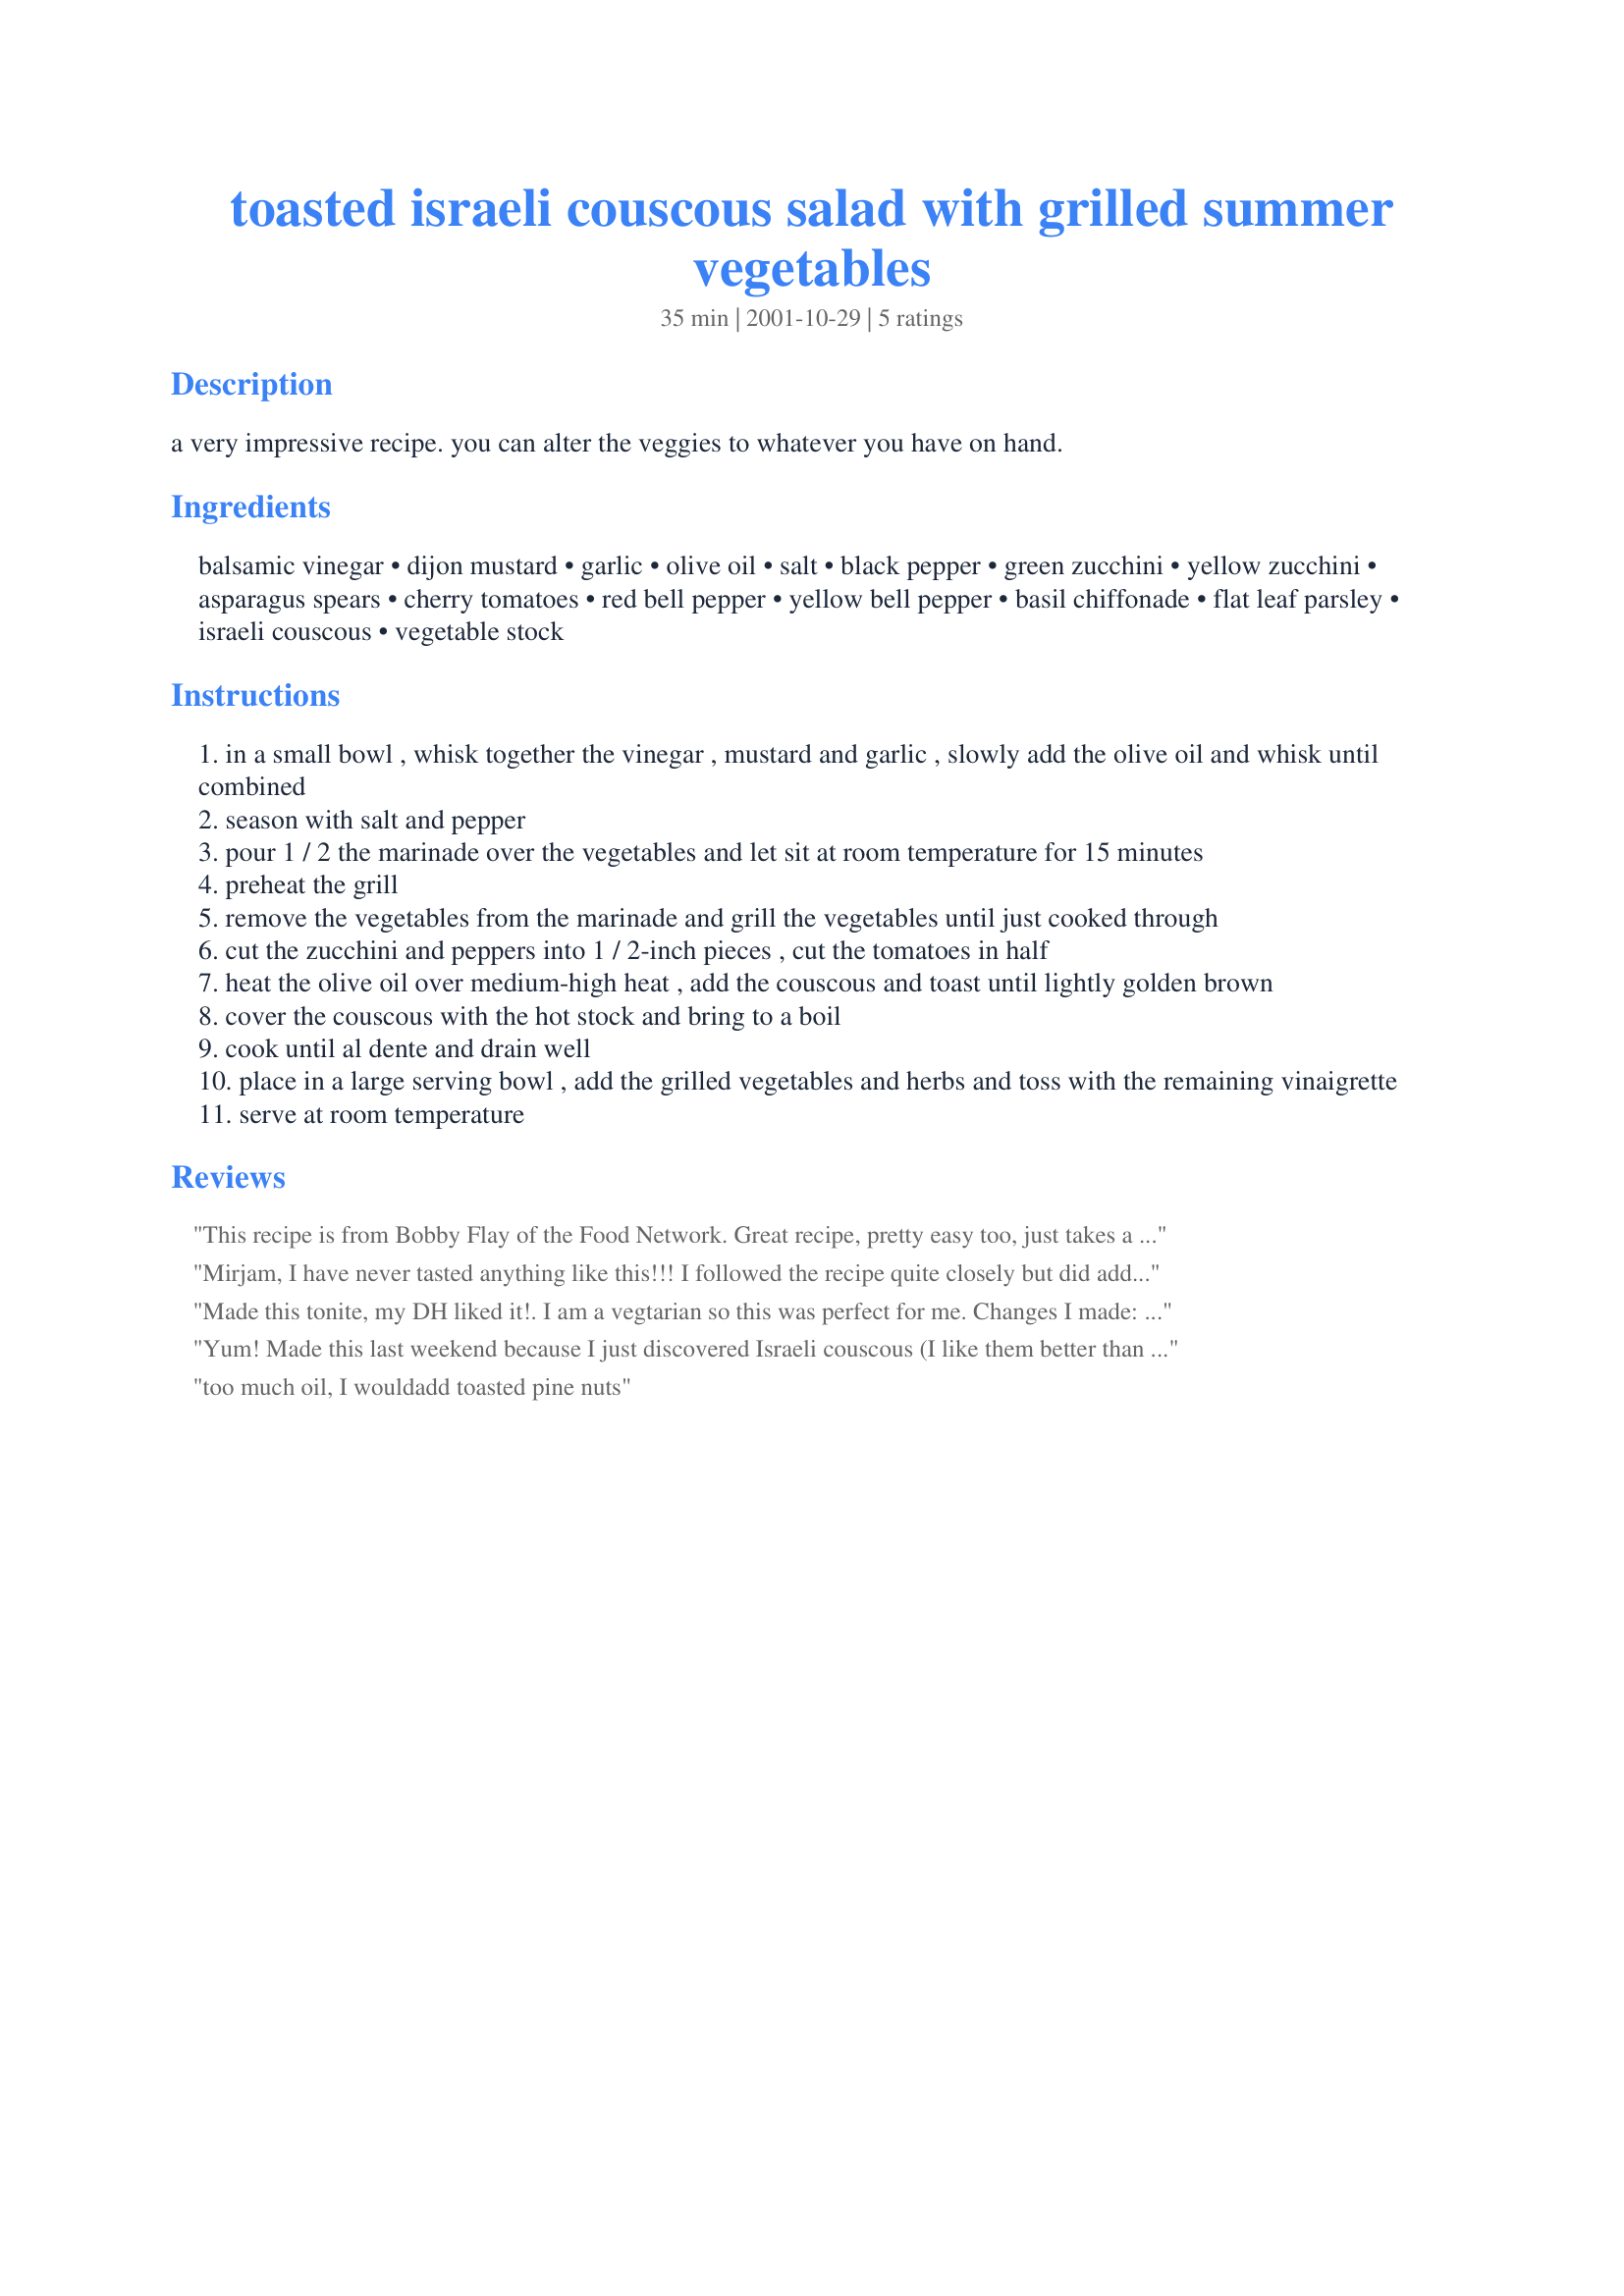
toasted israeli couscous salad with grilled summer vegetables
Preparation time: 35 minutes

a very impressive recipe. you can alter the veggies to whatever you have on hand.

Ingredients:
balsamic vinegar, dijon mustard, garlic, olive oil, salt, black pepper, green zucchini, yellow zucchini, asparagus spears, cherry tomatoes, red bell pepper, yellow bell pepper, basil chiffonade, flat leaf parsley, israeli couscous, vegetable stock

Steps:
in a small bowl , whisk together the vinegar , mustard and garlic , slowly add the olive oil and whisk until combined
season with salt and pepper
pour 1 / 2 the marinade over the vegetables and let sit at room temperature for 15 minutes
preheat the grill
remove the vegetables from the marinade and grill the vegetables until just cooked through
cut the zucchini and peppers into 1 / 2-inch pieces , cut the tomatoes in half
heat the olive oil over medium-high heat , add the couscous and toast until lightly golden brown
cover the couscous with the hot stock and bring to a boil
cook until al dente and drain well
place in a large serving bowl , add the grilled vegetables and herbs and toss with the remaining vinaigrette
serve at room temperature

Reviews:
This recipe is from Bobby Flay of the Food Network.

Great recipe, pretty easy too, just takes a lot of steps.
Mirjam,
I have never tasted anything like this!!! I followed the recipe quite closely but did add... sweet potatoes (early)I brought back from NC and brocolli (late) in the roasting process...What impressed me was the role vinegar played in this dish... It really brightened all the flavors..basil, garlic... I bet this dish is an excellent hot weather dish. Thanks so much for posting! =)
Made this tonite, my DH liked it!. I am a vegtarian so this was perfect for me. Changes I made: added 1 cooked sweet potato cut to cubes. Used 2.5 cups of veg broth for 1 lb of couscous and sauteed chopped onions before I toasted the couscous in 1 tbs of oil ,also, added chopped parsley and dill into the broth and covered and simmered for 6 minutes.Very filling and healthy and tasty.
Yum! Made this last weekend because I just discovered Israeli couscous (I like them better than "regular" couscous). Didn't make any changes and it was great.
too much oil, I wouldadd toasted pine nuts
